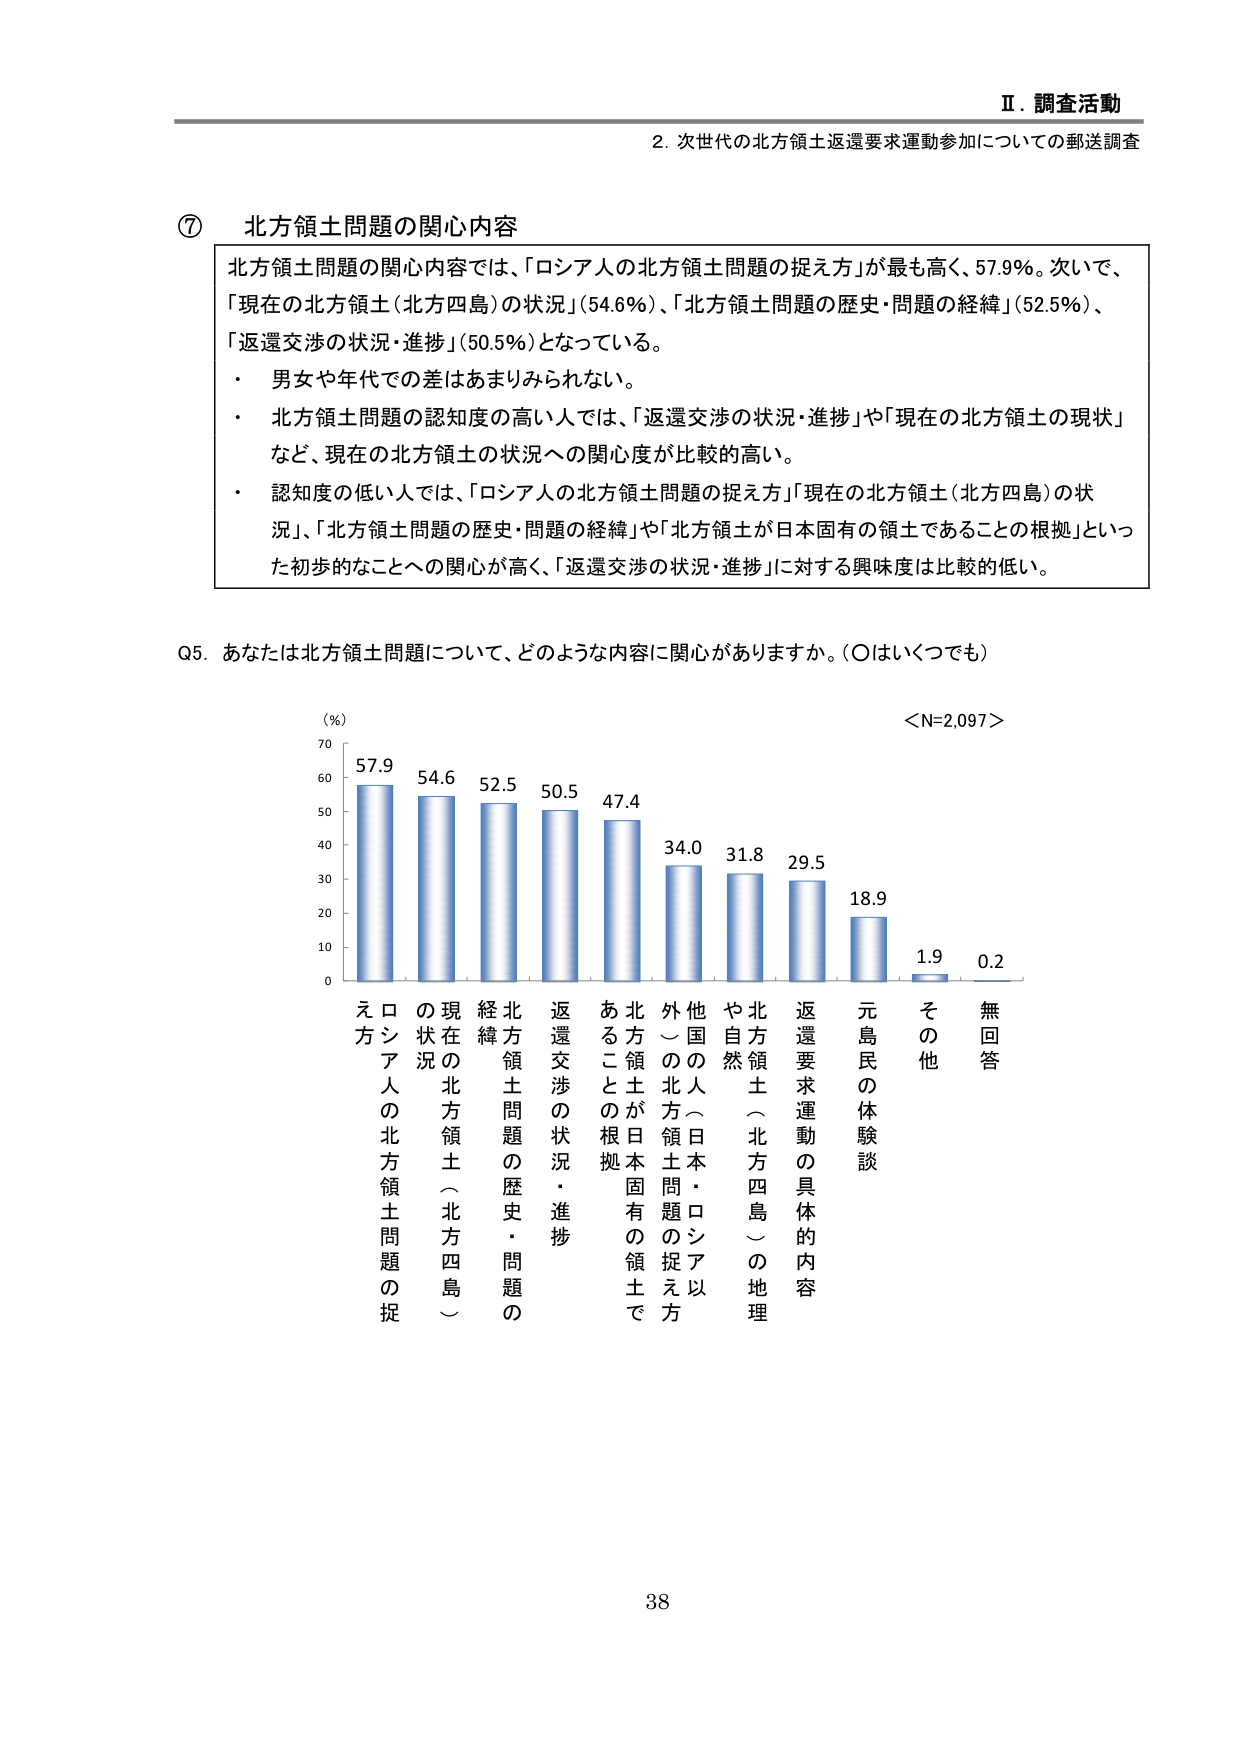
Ⅱ．調査活動
2．次世代の北方領土返還要求運動参加についての郵送調査

⑦ 北方領土問題の関心内容

北方領土問題の関心内容では、「ロシア人の北方領土問題の捉え方」が最も高く、57.9%。次いで、「現在の北方領土（北方四島）の状況」（54.6%）、「北方領土問題の歴史・問題の経緯」（52.5%）、「返還交渉の状況・進捗」（50.5%）となっている。
・ 男女や年代での差はあまりみられない。
・ 北方領土問題の認知度の高い人では、「返還交渉の状況・進捗」や「現在の北方領土の現状」など、現在の北方領土の状況への関心度が比較的高い。
・ 認知度の低い人では、「ロシア人の北方領土問題の捉え方」「現在の北方領土（北方四島）の状況」「北方領土問題の歴史・問題の経緯」や「北方領土が日本固有の領土であることの根拠」といった初歩的なことへの関心が高く、「返還交渉の状況・進捗」に対する興味度は比較的低い。

Q5．あなたは北方領土問題について、どのような内容に関心がありますか。（○はいくつでも）

（%）
＜N=2,097＞
70
60
57.9
54.6
52.5
50.5
47.4
34.0
31.8
29.5
18.9
1.9
0.2
60
50
40
30
20
10
0

えロ方シア人の北方領土問題の捉え方
の状況
現在の北方領土（北方四島）
経緯
北方領土問題の歴史・問題の
返還交渉の状況・進捗
あることの根拠
北方領土が日本固有の領土で
外の問題の捉え方
他の国（日本・ロシア以外）の北方領土問題の捉え方
や自然
北方領土（北方四島）の地理
返還要求運動の具体的な内容
元島民の体験談
その他
無回答

38